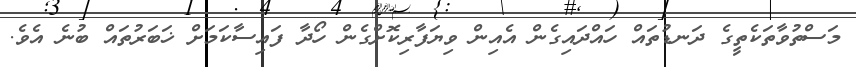
މަސްތުވާތަކެތީގެ ދަނޑުތައް ހައްދައިގެން އެއިން ވިޔަފާރިކޮށްގެން ހޯދާ ފައިސާކަމަށް ޚަބަރުތައް ބުނެ އެވެ.